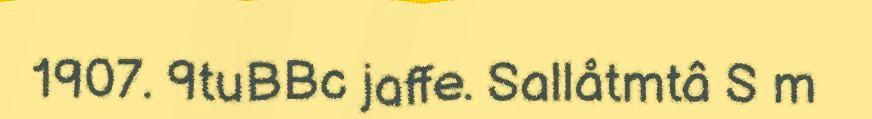
1907. 9tuBBc jaffe. Sallåtmtâ S m